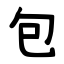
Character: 包